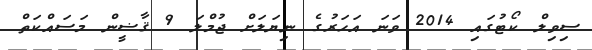
ސިވިލް ކޯޓުގައި 2014 ވަނަ އަހަރުގެ ނިޔަލަށް ޖުމްލަ 9 ޤާޟީން މަސައްކަތް